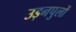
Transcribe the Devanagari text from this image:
उड़नपुलों